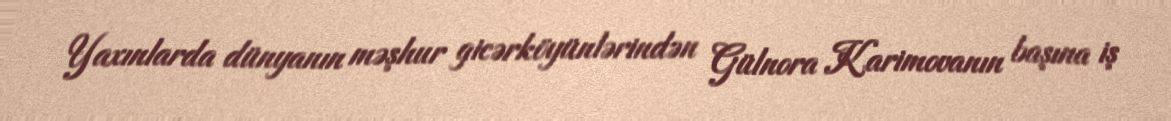
Yaxınlarda dünyanın məşhur gicərköyünlərindən Gülnora Karimovanın başına iş